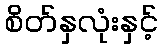
စိတ်နှလုံးနှင့်